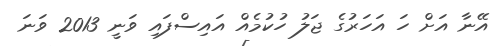
އޭނާ އަށް ހަ އަހަރުގެ ޖަލު ހުކުމެއް އައިސްފައި ވަނީ 2013 ވަނަ